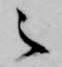
之